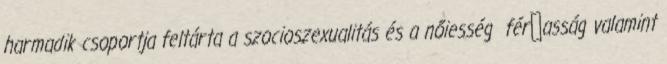
harmadik csoportja feltárta a szocioszexualitás és a nőiesség férﬁasság valamint